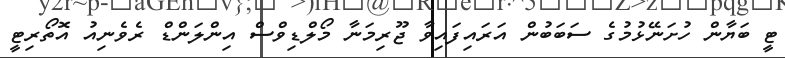
ޓީ ބަޔާން ހުށަނޭޅުމުގެ ސަބަބުން އަރައިފައިވާ ޖޫރިމަނާ މޯލްޑިވްސް އިންލަންޑް ރެވެނިއު އޮތޯރިޓީ